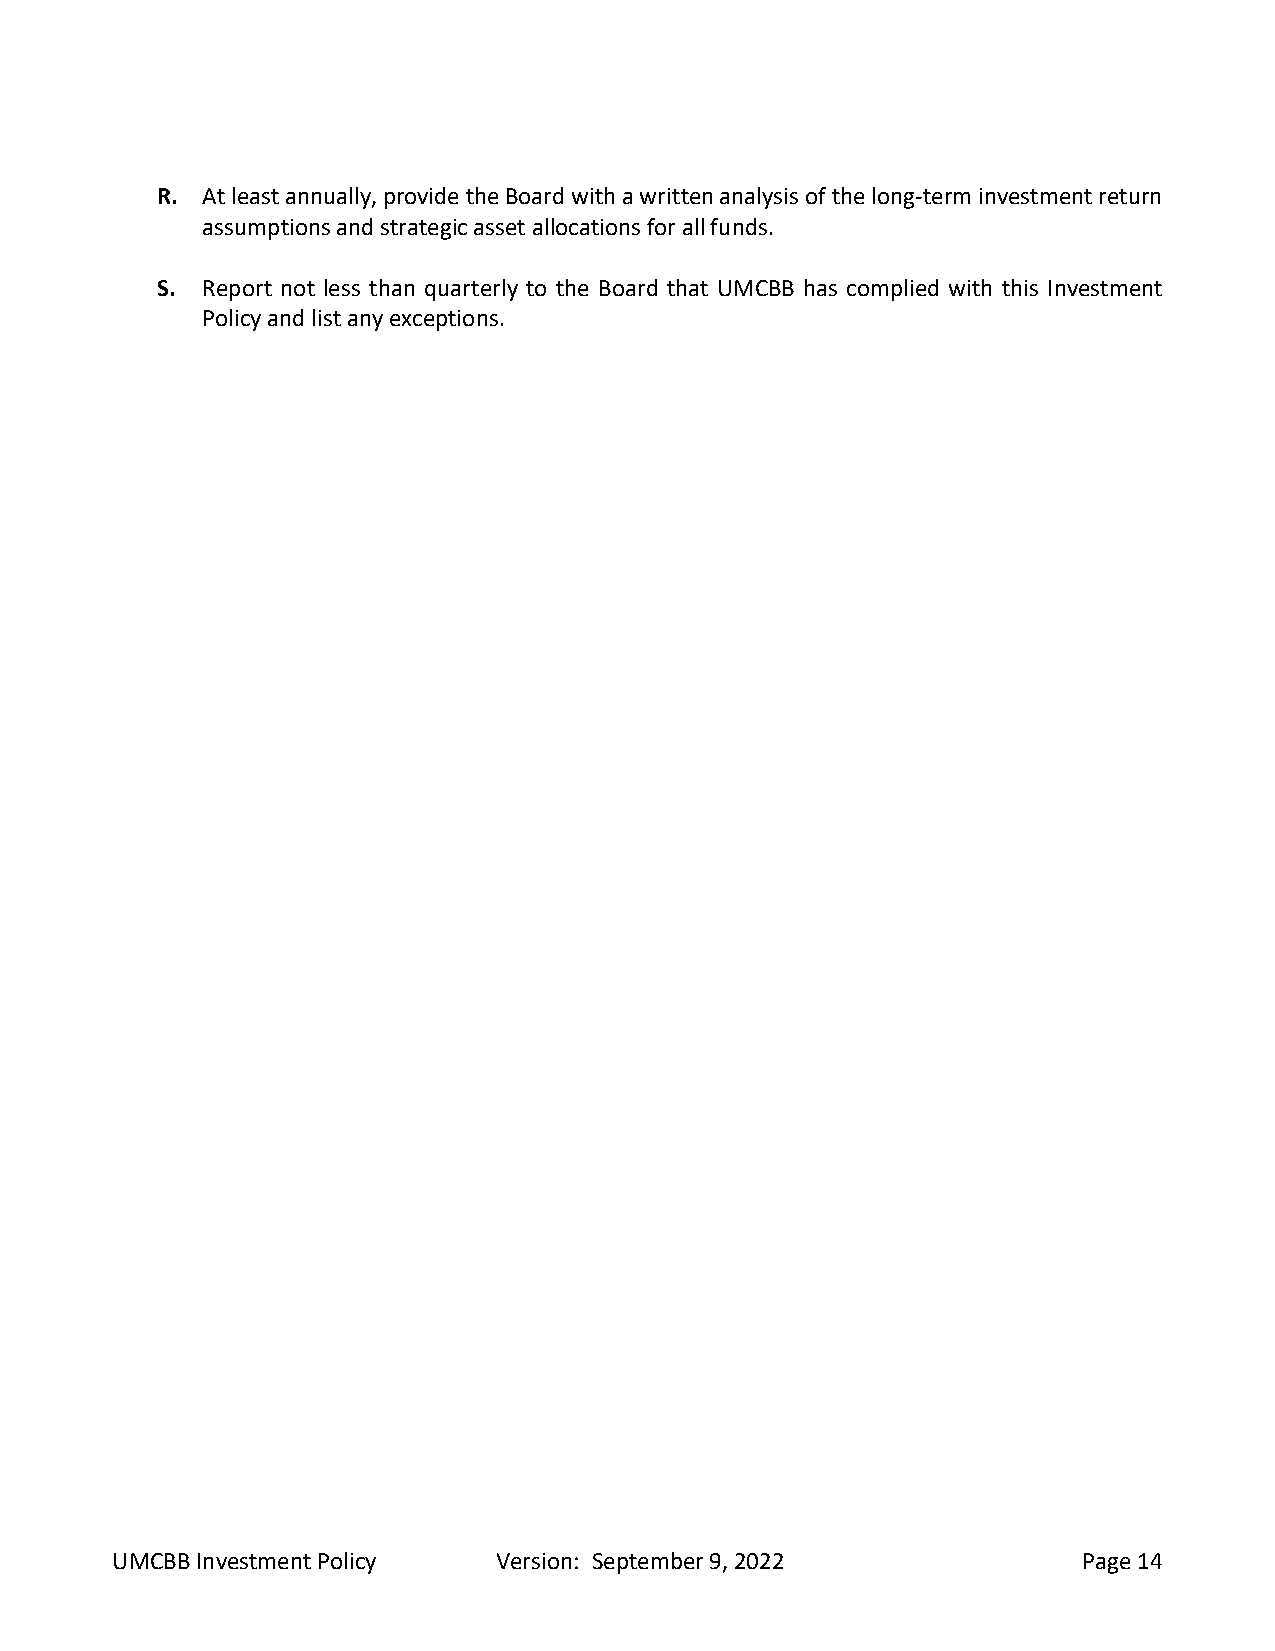
R. At least annually, provide the Board with a written analysis of the long-term investment return
 assumptions and strategic asset allocations for all funds.
 S. Report not less than quarterly to the Board that UMCBB has complied with this Investment
 Policy and list any exceptions.
 UMCBB Investment Policy   Version: September 9, 2022             Page 14